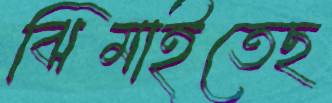
ঝিমাইতেছ